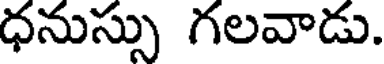
ధనుస్సు గలవాడు.